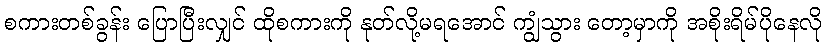
စကားတစ်ခွန်း ပြောပြီးလျှင် ထိုစကားကို နုတ်လို့မရအောင် ကျွံသွား တော့မှာကို အစိုးရိမ်ပိုနေလို